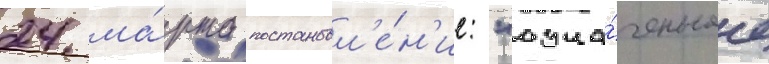
24 ма́рта постановл'е́н'ие: "озна́ченное